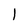
Character: 1